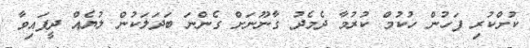
ކުށްކުރި ފަހުން ހުކުމް ކުރުމާ ދެމެދު ގާނޫނަށް ގެންނަ ބަދަލަކުން ލުޔެއް ދީފައިވާ